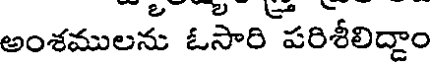
అంశములను ఓసారి పరిశీలిద్దాం